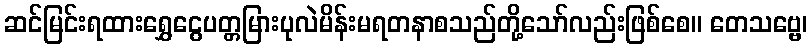
ဆင်မြင်းရထားရွှေငွေပတ္တမြားပုလဲမိန်းမရတနာစသည်တို့သော်လည်းဖြစ်စေ။ တေသဗ္ဗေ၊